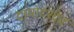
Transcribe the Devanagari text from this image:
दामोदरदेव